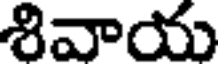
శివాయ